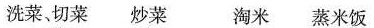
洗菜、切菜炒菜 淘米蒸米饭